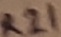
Text: R21